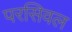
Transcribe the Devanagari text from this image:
परसिवल